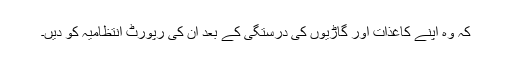
کہ وہ اپنے کاغذات اور گاڑیوں کی درستگی کے بعد اُن کی رپورٹ انتظامیہ کو دیں۔